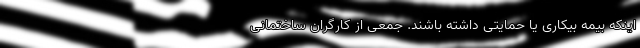
اینکه بیمه بیکاری یا حمایتی داشته باشند. جمعی از کارگران ساختمانی